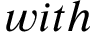
w i t h